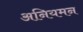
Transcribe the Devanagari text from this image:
अनियमन